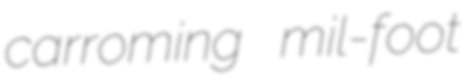
carroming mil-foot